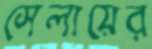
সেলায়ের